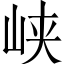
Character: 峡